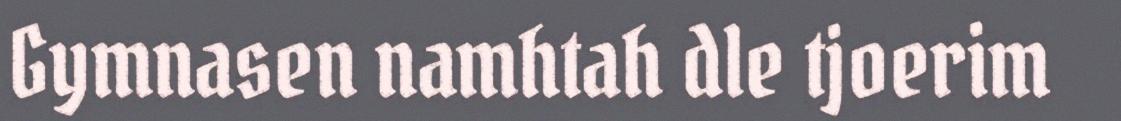
Gymnasen namhtah dle tjoerim